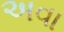
અવા